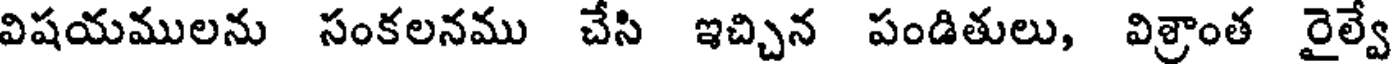
విషయములను సంకలనము చేసి ఇచ్చిన పండితులు, విశ్రాంత రైల్వే